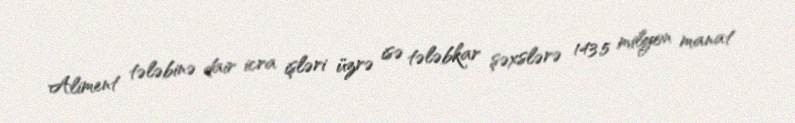
Aliment tələbinə dair icra işləri üzrə isə tələbkar şəxslərə 143.5 milyon manat